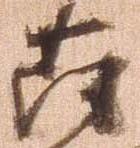
薩